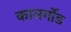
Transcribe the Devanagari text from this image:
कासर्गोड